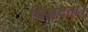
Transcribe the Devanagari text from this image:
विशदता।